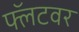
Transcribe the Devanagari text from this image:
फ्लॅटवर